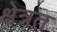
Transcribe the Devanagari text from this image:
क्षेत्रत